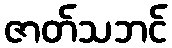
ဇာတ်သဘင်